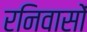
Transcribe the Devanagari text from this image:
रनिवासों